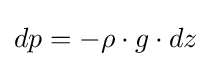
dp=-\rho \cdot g\cdot dz